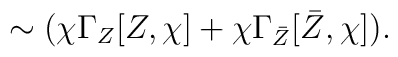
\sim (\chi\Gamma_Z[Z,\chi]+\chi\Gamma_{\bar{Z}}[\bar{Z},\chi]).